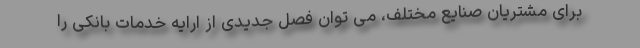
برای مشتریان صنایع مختلف، می توان فصل جدیدی از ارایه خدمات بانکی را